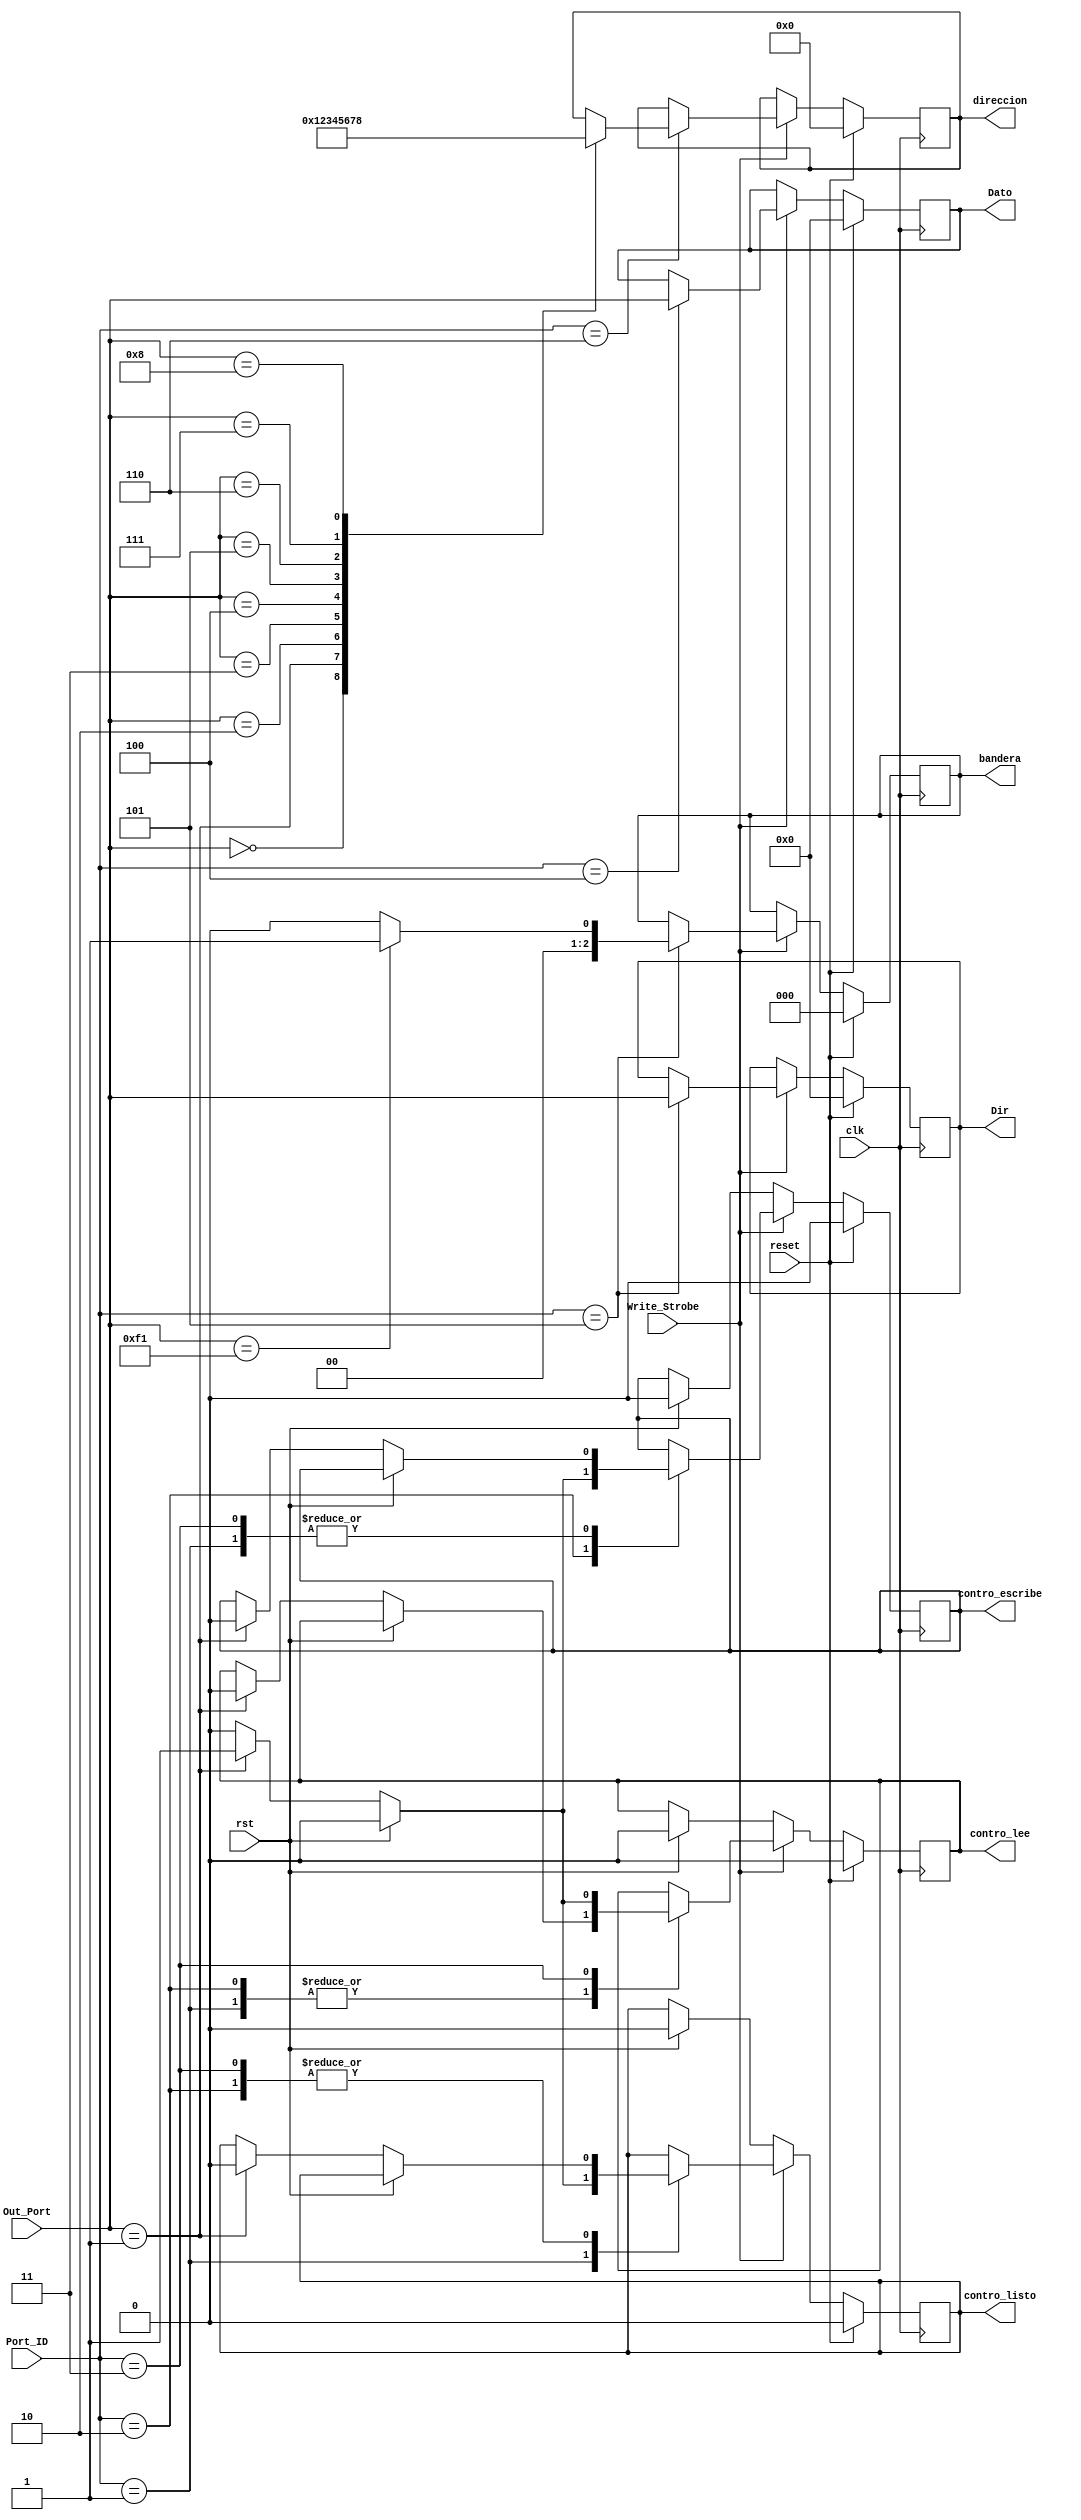
module registros_salida( 
	input Write_Strobe,
	input [7:0] Out_Port,
	input [7:0] Port_ID,
	input rst , //de la maquina
	input reset,
	input clk,
	output reg [7:0] Dir,
	output reg [7:0] Dato,
	output reg [3:0] direccion,
	output reg contro_listo,
	output reg contro_lee,
	output reg contro_escribe,
	output reg [2:0]bandera
    );

	 //logica del programa
	 always @(posedge clk )
	 if (reset)
		begin
			contro_listo<=1'b0;
			contro_escribe<=1'b0;
			contro_lee<=1'b0;
			Dir<=8'b00000000;
			Dato<=8'b00000000;
			direccion<=4'b0000;
			bandera<=3'b0;
			
		end
	else
	begin
		if (Write_Strobe)
			begin
				case (Port_ID)
					8'b00000001   : //control_listo 
						begin
							if (rst)//me lo da la maquina
								contro_listo<=1'b0;
							else
								begin
									if (Out_Port==8'b00000001) 
											begin
											contro_listo<=1'b1;
											contro_lee<=1'b0;
											contro_escribe<=1'b0;
											end
									else 
									begin
											contro_listo<=1'b0;
											contro_lee<=contro_lee;
											contro_escribe<=contro_escribe;
										end
								end
						end
					8'b00000010   : 
						begin
							if (rst)//me lo da la maquina
								contro_escribe<=1'b0;
							else
								begin
									if (Out_Port==8'b00000001)
										begin
											contro_escribe<=1'b1;
											contro_lee<=1'b0;
											contro_listo<=1'b0;
										end
									else 
									begin
											contro_escribe<=1'b0;
											contro_lee<=contro_lee;
											contro_listo<=contro_listo;
									end
								end
						end
					8'b00000011   : 
						begin
							if (rst)//me lo da la maquina
								contro_lee<=1'b0;
							else
								begin
									if (Out_Port==8'b00000001)
											begin
												contro_lee<=1'b1;
												contro_listo<=1'b0;
												contro_escribe<=1'b0;
											end
									else 
											begin
												contro_lee<=1'b0;
												contro_listo<=contro_listo;
												contro_escribe<=contro_escribe;
											end								end
						end
					8'b00000100   : Dato<=Out_Port; 
					
					8'b00000101   : begin
					
											Dir<=Out_Port; 
											
											if(Out_Port==8'hf1)
												bandera<=3'b1;
											else
												bandera<=3'b0;
											
										 end
					8'b00000110   : 
										begin
											case(Out_Port)
												8'b00000000: direccion<=4'b0000;
												8'b00000001: direccion<=4'b0001;
												8'b00000010: direccion<=4'b0010;
												8'b00000011: direccion<=4'b0011;
												8'b00000100: direccion<=4'b0100;
												8'b00000101: direccion<=4'b0101;
												8'b00000110: direccion<=4'b0110;
												8'b00000111: direccion<=4'b0111;
												8'b00001000: direccion<=4'b1000;
												default: direccion<=direccion;
											endcase
										end
					default :
							begin
								contro_listo<=contro_listo;
								contro_lee<=contro_lee;
								contro_escribe<=contro_escribe;
								direccion<=direccion;
								Dir<=Dir;
								Dato<=Dato;
								bandera<=bandera;
							end
				endcase
			end
		else
			if (rst)
				begin
					contro_listo<=  1'b0;
					contro_lee <=   1'b0;
					contro_escribe<=1'b0;
				end
			else
				begin
					contro_listo<=contro_listo;
					contro_lee <=contro_lee;
					contro_escribe<=contro_escribe;
				end
	end
endmodule